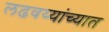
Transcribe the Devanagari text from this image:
लढवय्यांच्यात